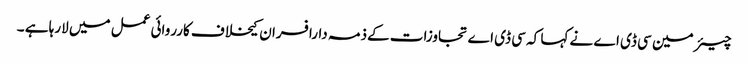
چیئر مین سی ڈی اے نے کہا کہ سی ڈی اے تجاوزات کےذمہ دارافسران کیخلاف کارروائی عمل میں لارہا ہے ۔